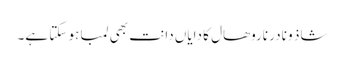
شاذ و نادر ناروھال کا دایاں دانت بھی لمبا ہو سکتا ہے۔